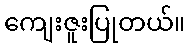
ကျေးဇူးပြုတယ်။